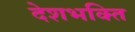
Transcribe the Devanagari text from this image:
देशभक्‍ित